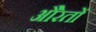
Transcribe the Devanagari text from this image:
औेरतों